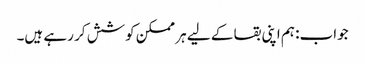
جواب: ہم اپنی بقا کے لیے ہر ممکن کوشش کر رہے ہیں۔